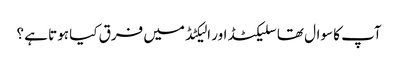
آپ کا سوال تھا سلیکٹڈ اور الیکٹڈ میں فرق کیا ہوتا ہے ؟